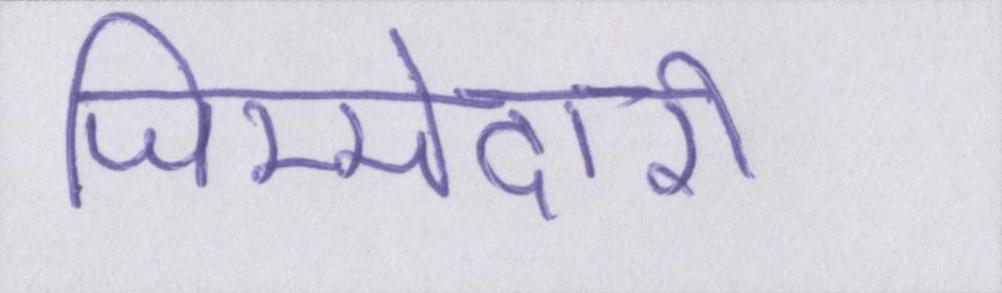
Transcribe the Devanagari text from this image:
जिम्मेदारी